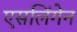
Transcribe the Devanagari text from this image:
एसलिंगेन